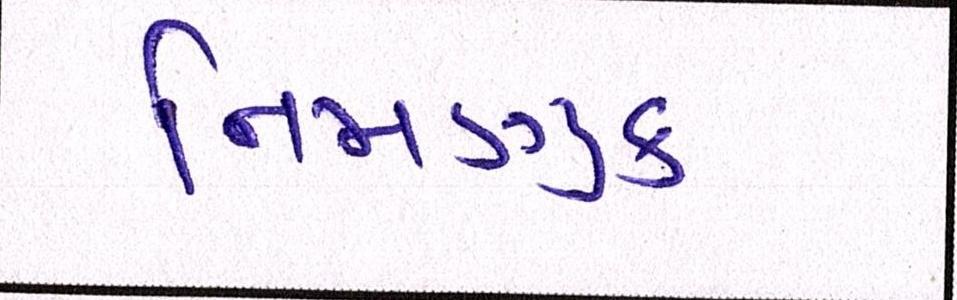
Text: નિમણુક